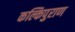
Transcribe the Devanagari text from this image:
कल्किपुराण